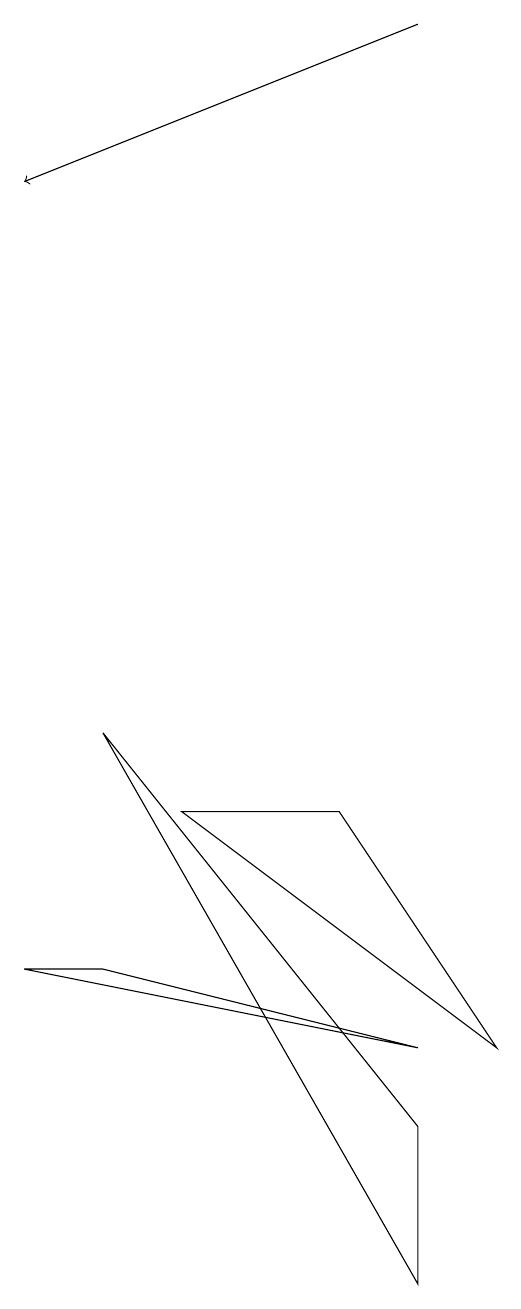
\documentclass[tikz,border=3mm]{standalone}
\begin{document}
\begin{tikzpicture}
\draw (7,5) -- (2,6) -- (3,6) -- cycle;
\draw (4,8) -- (6,8) -- (8,5) -- cycle;
\draw (7,4) -- (7,2) -- (3,9) -- cycle;
\draw[->] (7,18) -- (2,16);
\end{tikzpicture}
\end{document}